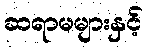
ဆရာမများနှင့်